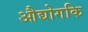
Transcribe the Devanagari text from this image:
औद्योगकि